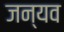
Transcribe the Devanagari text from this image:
जन्यव